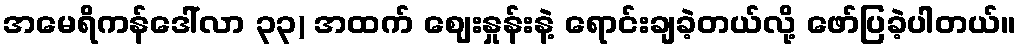
အမေရိကန်ဒေါ်လာ ၃၃) အထက် ဈေးနှုန်းနဲ့ ရောင်းချခဲ့တယ်လို့ ဖော်ပြခဲ့ပါတယ်။